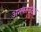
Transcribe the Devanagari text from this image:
अनकाउंटेड